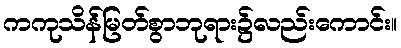
ကကုသိန်မြတ်စွာဘုရား၌လည်းကောင်း။